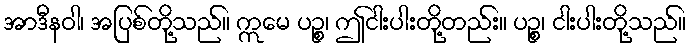
အာဒီနဝါ၊ အပြစ်တို့သည်။ ဣမေ ပဉ္စ၊ ဤငါးပါးတို့တည်း။ ပဉ္စ၊ ငါးပါးတို့သည်။